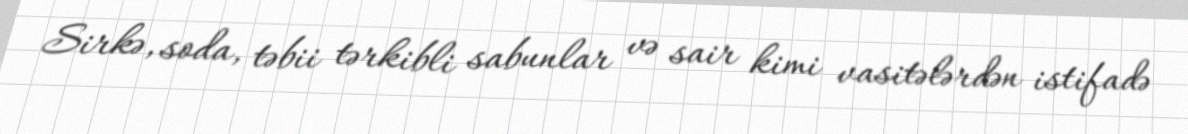
Sirkə, soda, təbii tərkibli sabunlar və sair kimi vasitələrdən istifadə